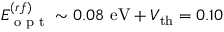
E _ { \textrm { o p t } } ^ { ( r f ) } \sim 0 . 0 8 \ \mathrm { e V } + V _ { \mathrm { t h } } = 0 . 1 0